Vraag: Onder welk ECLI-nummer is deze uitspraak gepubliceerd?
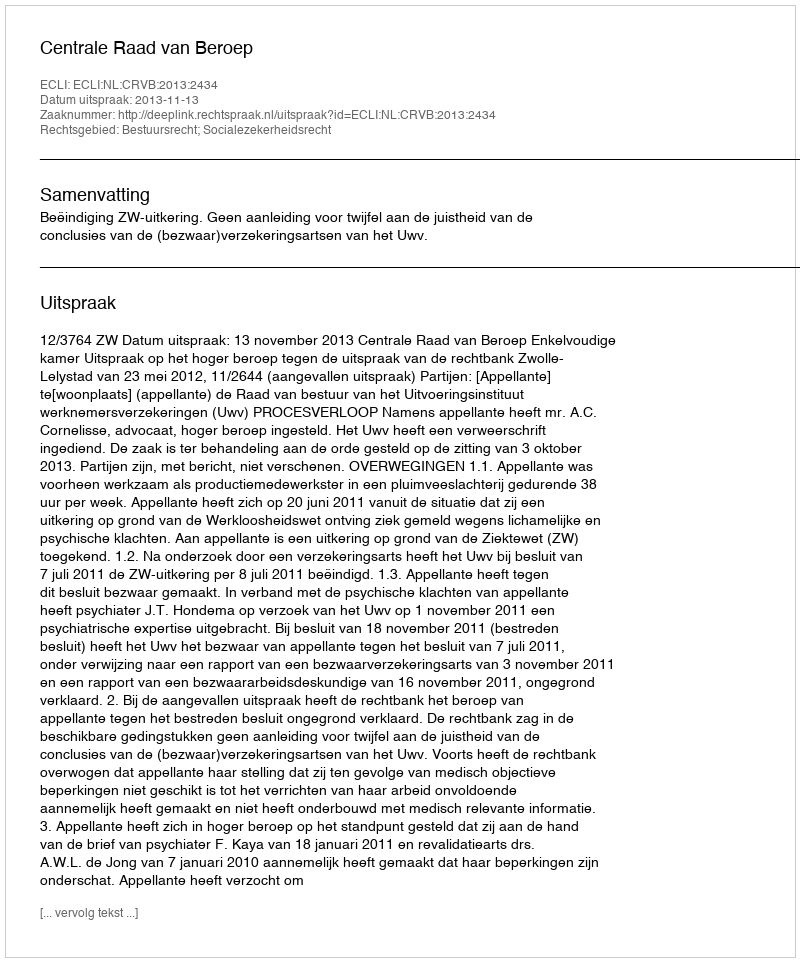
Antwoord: ECLI:NL:CRVB:2013:2434